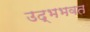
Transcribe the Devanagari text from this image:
उद्भभवत